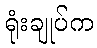
ရုံးချုပ်က